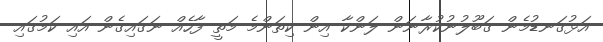
އަޅުގަނޑުމެން ގަބޫލުނުކުރާނަން ލަންކާ އިން ކިތަންމެ މަތީ ފާހެއް ނަގައިގެން އައި ކަމުގައި